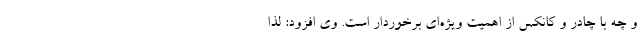
و چه با چادر و کانکس از اهمیت ویژه‌ای برخوردار است. وی افزود: لذا